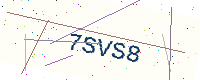
Text: 7SVS8